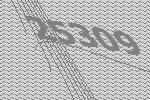
25309